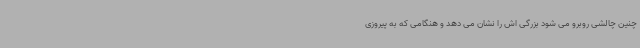
چنین چالشی روبرو می شود بزرگی اش را نشان می دهد و هنگامی که به پیروزی